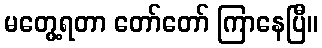
မတွေ့ရတာ တော်တော် ကြာနေပြီ။